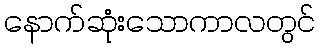
နောက်ဆုံးသောကာလတွင်